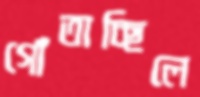
গোঁতাচ্ছিলে